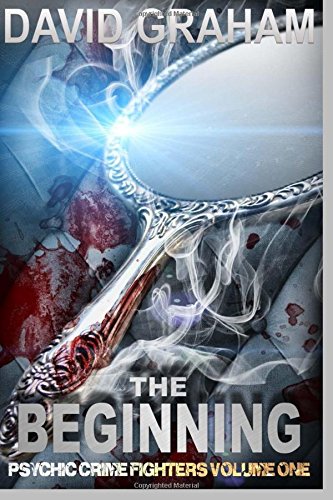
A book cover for The Beginning (Psychic Crime Fighters) (Volume 1); Mr. David Graham; Mystery, Thriller & Suspense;